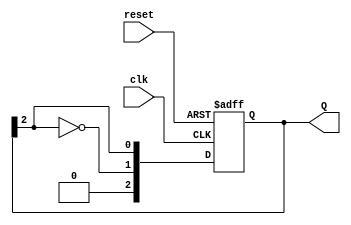
module JohnsonCounter #(parameter N = 3) (
    input wire clk,          // Clock input
    input wire reset,        // Asynchronous reset input
    output reg [N-1:0] Q     // Output state of the counter
);

// Internal signals
wire feedback;

// Generate feedback from the last flip-flop (inverted output)
assign feedback = ~Q[N-1];

// Always block for flip-flop behavior
always @(posedge clk or posedge reset) begin
    if (reset) begin
        Q <= {N{1'b0}}; // Initialize output to 0 on reset
    end else begin
        Q <= {feedback, Q[N-1:N-1]}; // Shift and introduce feedback
    end
end

endmodule